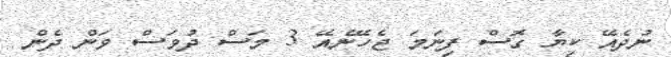
ނުދެއޭ ކިޔާ ގޮސް ފިނަމަ ޖެހޭނެއޭ 3 މަސް ދުވަސް ވަން ދެން